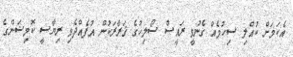
އެކަމަށް ކުއްލި ސިހުމެއް ގެނުވީ ރައީސް ސޯލިހުގެ ޤަރާރަކުން އުފެއްދެވި ރިިޔާސީ ކޮމިޝަންގެ